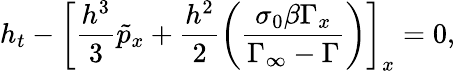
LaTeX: h_{t}-\left[\frac{h^{3}}{3}\tilde{p}_{x}+\frac{h^{2}}{2}\left(\frac{\sigma_{0}\beta\Gamma_{x}}{\Gamma_{\infty}-\Gamma}\right)\right]_{x}=0,